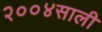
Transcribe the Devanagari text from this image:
२००४साली